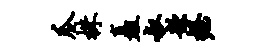
瓜株矗叔歆握